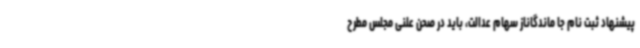
پیشنهاد ثبت نام جا ماندگاناز سهام عدالت، باید در صحن علنی مجلس مطرح